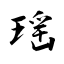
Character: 瑶